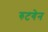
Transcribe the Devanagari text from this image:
रुटगेन